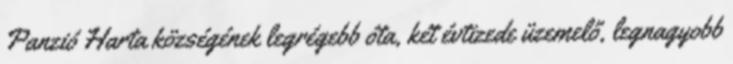
Panzió Harta községének legrégebb óta, két évtizede üzemelő, legnagyobb